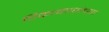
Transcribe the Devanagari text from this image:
टिकाकारांच्या